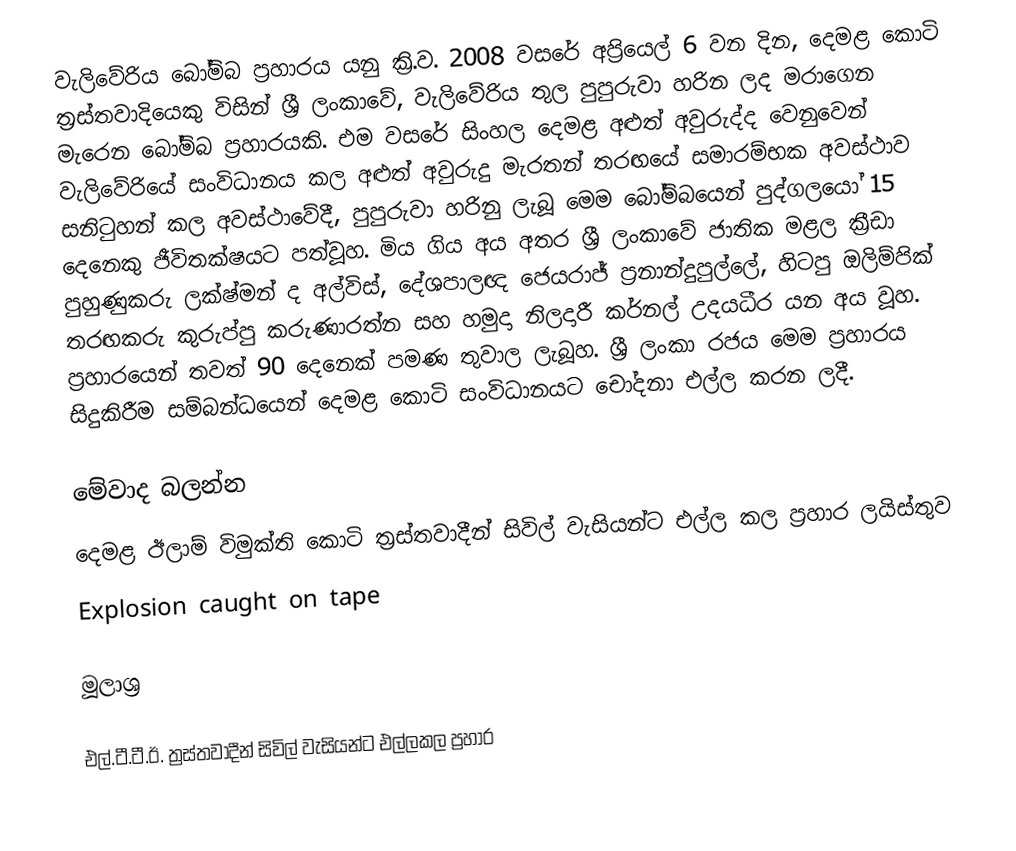
වැලිවේරිය බෝම්බ ප්‍රහාරය යනු ක්‍රි.ව. 2008 වසරේ අප්‍රියෙල් 6 වන දින, දෙමළ කොටි ත්‍රස්තවාදියෙකු විසින් ශ්‍රී ලංකාවේ, වැලිවේරිය තුල පුපුරුවා හරින ලද මරාගෙන මැරෙන බෝම්බ ප්‍රහාරයකි. එම වසරේ සිංහල දෙමළ අළුත් අවුරුද්ද වෙනුවෙන් වැලිවේරියේ සංවිධානය කල අළුත් අවුරුදු මැරතන් තරඟයේ සමාරම්භක අවස්ථාව සනිටුහන් කල අවස්ථාවේදී, පුපුරුවා හරිනු ලැබූ මෙම බෝම්බයෙන් පුද්ගලයෝ 15 දෙනෙකු ජීවිතක්ෂයට පත්වූහ. මිය ගිය අය අතර ශ්‍රී ලංකාවේ ජාතික මළල ක්‍රීඩා පුහුණුකරු ලක්ෂ්මන් ද අල්විස්, දේශපාලඥ ජෙයරාජ් ප්‍රනාන්දුපුල්ලේ, හිටපු ඔලිම්පික් තරඟකරු කුරුප්පු කරුණාරත්න සහ හමුදා නිලදාරී කර්නල් උදයධීර යන අය වූහ. ප්‍රහාරයෙන් තවත් 90 දෙනෙක් පමණ තුවාල ලැබූහ. ශ්‍රී ලංකා රජය මෙම ප්‍රහාරය සිදුකිරීම සම්බන්ධයෙන් දෙමළ කොටි සංවිධානයට චෝදනා එල්ල කරන ලදී.

මේවාද බලන්න
 දෙමළ ඊලාම් විමුක්ති කොටි ත්‍රස්තවාදීන් සිවිල් වැසියන්ට එල්ල කල ප්‍රහාර ලයිස්තුව
Explosion caught on tape

මූලාශ්‍ර

එල්.ටී.ටී.ඊ. ත්‍රස්තවාදීන් සිවිල් වැසියන්ට එල්ලකල ප්‍රහාර